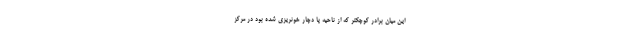
این میان برادر کوچکتر که از ناحیه پا دچار خونریزی شده بود در مرکز